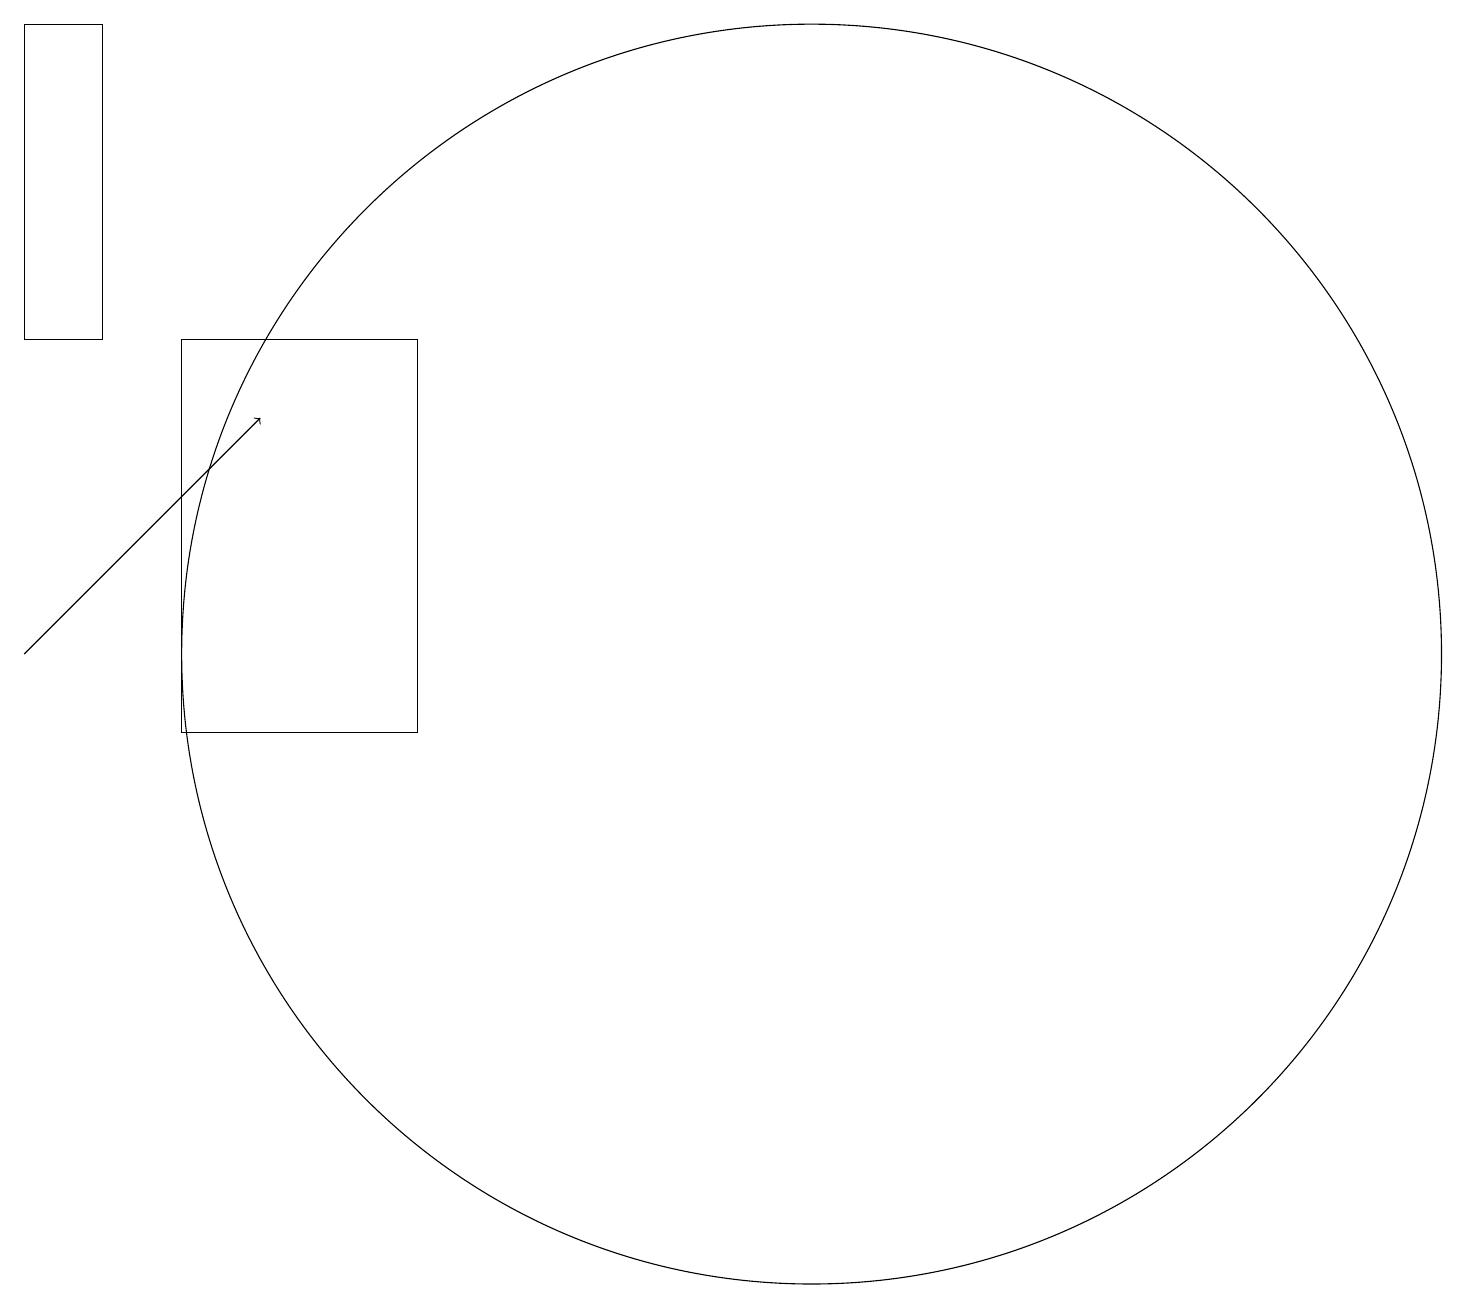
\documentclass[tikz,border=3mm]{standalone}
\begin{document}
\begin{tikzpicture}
\draw (6,10) rectangle (3,15);
\draw (1,19) rectangle (2,15);
\draw (11,11) circle (8);
\draw[->] (1,11) -- (4,14);
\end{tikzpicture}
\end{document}